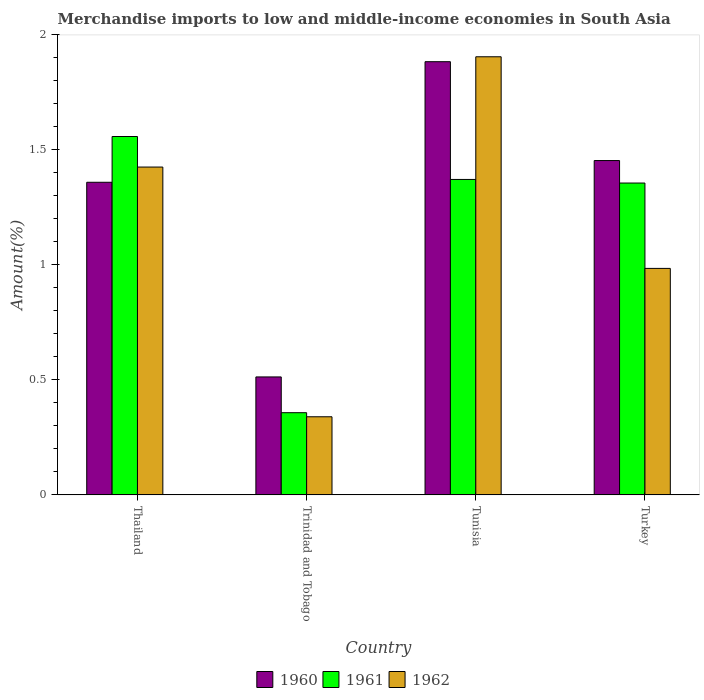
| Country | 1960 | 1961 | 1962 |
 | --- | --- | --- | --- |
 | Thailand | 1.36 | 1.56 | 1.43 |
 | Trinidad and Tobago | 0.513 | 0.357 | 0.34 |
 | Tunisia | 1.88 | 1.37 | 1.91 |
 | Turkey | 1.45 | 1.36 | 0.985 |